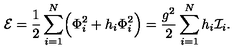
{ \cal E } = { \frac { 1 } { 2 } } \sum _ { i = 1 } ^ { N } \Bigl ( \Phi _ { i } ^ { 2 } + h _ { i } \Phi _ { i } ^ { 2 } \Bigr ) = { \frac { g ^ { 2 } } { 2 } } \sum _ { i = 1 } ^ { N } h _ { i } { \cal I } _ { i } .